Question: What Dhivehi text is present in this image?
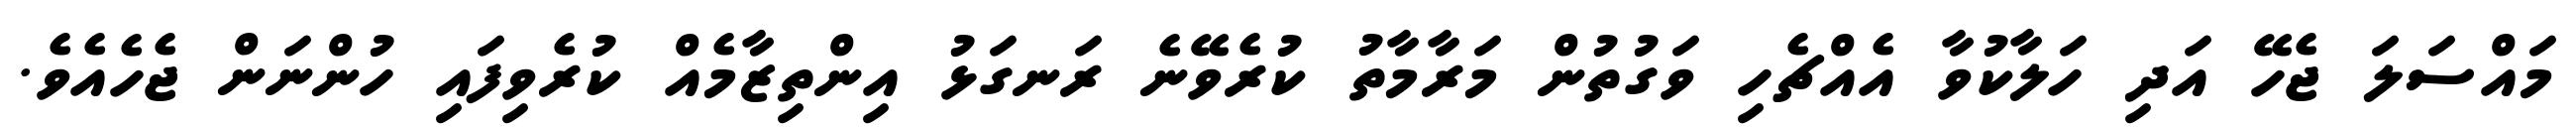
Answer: މައްސަލަ ޖެހޭ އަދި ހަލާކުވާ އެއްޗެހި ވަގުތުން މަރާމާތު ކުރެވޭނެ ރަނގަޅު އިންތިޒާމެއް ކުރެވިފައި ހުންނަން ޖެހެއެވެ.